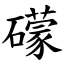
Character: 礞